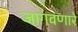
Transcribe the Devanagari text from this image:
जागवणारे